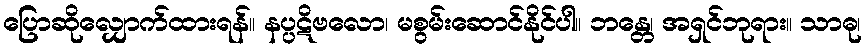
ပြောဆိုလျှောက်ထားရန်။ နပ္ပဋိဗလော၊ မစွမ်းဆောင်နိုင်ပါ။ ဘန္တေ၊ အရှင်ဘုရား။ သာဓု၊